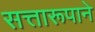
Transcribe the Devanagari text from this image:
सत्तारूपाने